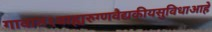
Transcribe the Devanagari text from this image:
गावात१बाह्यरुग्णवैद्यकीयसुविधाआहे